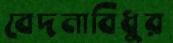
বেদনাবিধুর